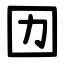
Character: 㘞